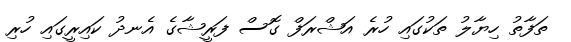
ތަފާތު ހިޔާލު ތަކުގައި ހުރެ އަޝްރަފް ގޮސް ފަރީޝާގެ އެނދު ކައިރީގައި ހުރި